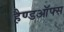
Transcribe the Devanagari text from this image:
हैण्डऑफ्स